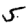
Digit: 5